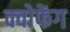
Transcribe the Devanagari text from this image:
क्वोफेंग